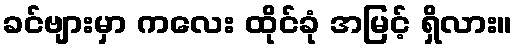
ခင်ဗျားမှာ ကလေး ထိုင်ခုံ အမြင့် ရှိလား။